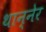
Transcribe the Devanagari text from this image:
थान्नेर